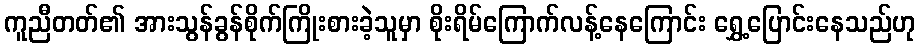
ကူညီတတ်၏ အားသွန်ခွန်စိုက်ကြိုးစားခဲ့သူမှာ စိုးရိမ်ကြောက်လန့်နေကြောင်း ရွှေ့ပြောင်းနေသည်ဟု